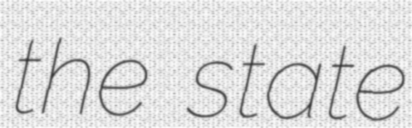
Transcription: the state